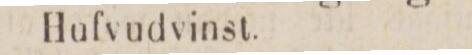
Hufvudvinst.